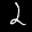
Label: 2